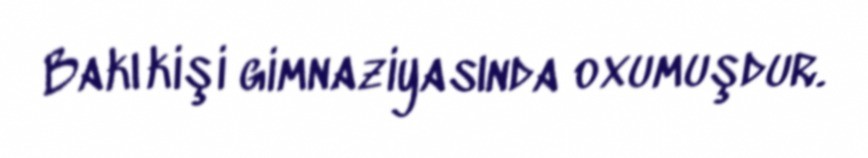
Bakı kişi gimnaziyasında oxumuşdur.